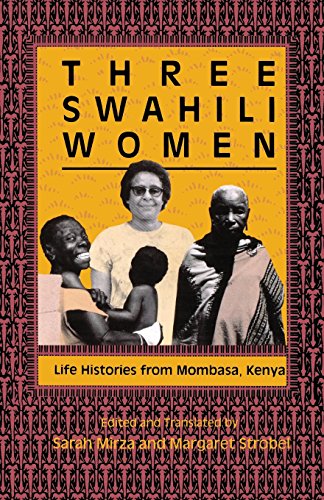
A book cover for Three Swahili Women: Life Histories from Mombasa, Kenya; History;